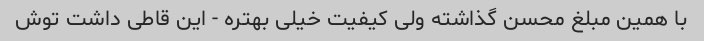
با همین مبلغ محسن گذاشته ولی کیفیت خیلی بهتره - این قاطی داشت توش